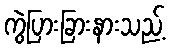
ကွဲပြားခြားနားသည့်